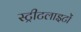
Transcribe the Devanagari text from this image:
स्‍ट्रीटलाइटों